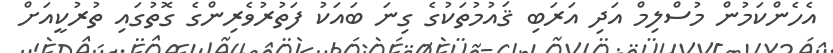
އެހެންކަމުން މުސްލިމް އަދި އަރަބި ޤައުމުތަކުގެ ގިނަ ބައަކު ފަތުރުވެރިންގެ ގޮތުގައި ތުރުކީއަށް